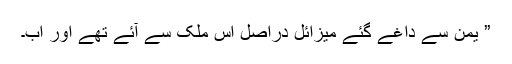
” یمن سے داغے گئے میزائل دراصل اس ملک سے آئے تھے اور اب۔